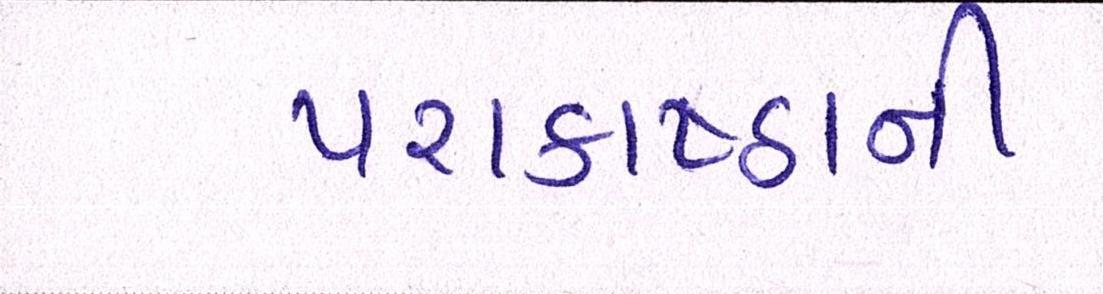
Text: પરાકાષ્ઠાની